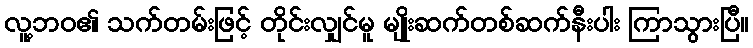
လူ့ဘဝ၏ သက်တမ်းဖြင့် တိုင်းလျှင်မူ မျိုးဆက်တစ်ဆက်နီးပါး ကြာသွားပြီ။